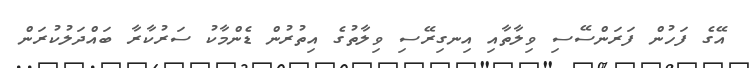
އޭގެ ފަހުން ފަރަންސޭސި ވިލާތާއި އިނގިރޭސި ވިލާތުގެ އިތުރުން ޑެންމާކު ސަރުކާރާ ބައްދަލުކުރަން